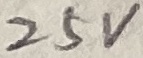
Text: 25V